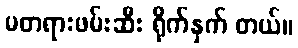
မတရားဖမ်းဆီး ရိုက်နှက် တယ်။